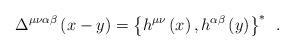
LaTeX: \begin{align*}\Delta^{\mu \nu \alpha \beta }\left( x-y\right) =\left\{ h^{\mu \nu }\left(x\right) ,h^{\alpha \beta }\left( y\right) \right\} ^{*}\;\,.\end{align*}